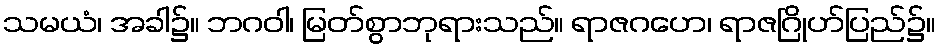
သမယံ၊ အခါ၌။ ဘဂဝါ၊ မြတ်စွာဘုရားသည်။ ရာဇဂဟေ၊ ရာဇဂြိုဟ်ပြည်၌။